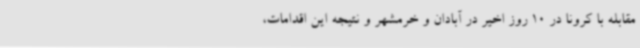
مقابله با کرونا در 10 روز اخیر در آبادان و خرمشهر و نتیجه این اقدامات،